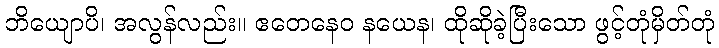
ဘိယျောပိ၊ အလွန်လည်း။ ဧတေနေဝ နယေန၊ ထိုဆိုခဲ့ပြီးသော ဖွင့်တုံမှိတ်တုံ